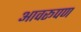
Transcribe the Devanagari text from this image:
आवरूपण